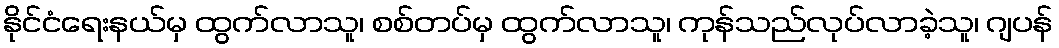
နိုင်ငံရေးနယ်မှ ထွက်လာသူ၊ စစ်တပ်မှ ထွက်လာသူ၊ ကုန်သည်လုပ်လာခဲ့သူ၊ ဂျပန်